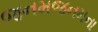
જનમજનમના